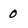
Character: 0